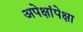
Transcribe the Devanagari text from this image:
अपेक्षांपेक्षा